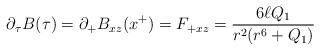
\begin{align*}\partial_\tau B(\tau)= \partial_{+} B_{xz}(x^+)=F_{+xz}= {6 \ell Q_1\over r^2 (r^6+Q_1)}\end{align*}